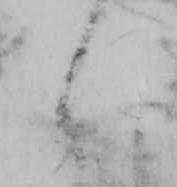
候